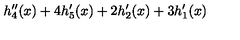
h _ { 4 } ^ { \prime \prime } ( x ) + 4 h _ { 5 } ^ { \prime } ( x ) + 2 h _ { 2 } ^ { \prime } ( x ) + 3 h _ { 1 } ^ { \prime } ( x )